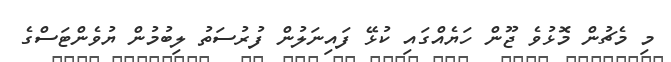
މި މެޗުން މޮޅުވެ ޖޫން ހަޔެއްގައި ކުޅޭ ފައިނަލުން ފުރުސަތު ލިބުމުން ޔުވެންޓަސްގެ